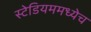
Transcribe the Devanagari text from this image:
स्टेडियममध्येच